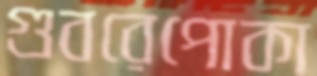
গুবরেপোকা